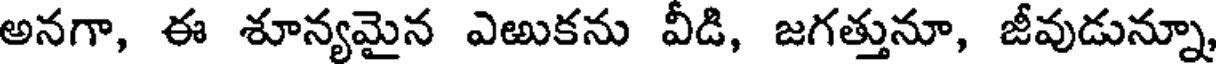
అనగా, ఈ శూన్యమైన ఎఱుకను వీడి, జగత్తునూ, జీవుడున్నూ